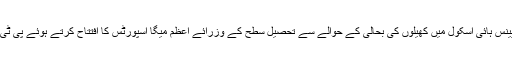
سرگودھا: گورنمنٹ گرلز کمپریینس ہائی اسکول میں کھیلوں کی بحالی کے حوالے سے تحصیل سطح کے وزرائے اعظم میگا اسپورٹس کا افتتاح کرتے ہوئے پی ٹی آئی کی رہنما ڈاکٹر نادیہ عزیز۔